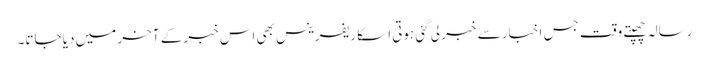
رسالہ چھپتے وقت جس اخبار سے خبر لی گئی ہوتی اسکا ریفرینس بھی اس خبر کے آخر میں دیا جاتا۔